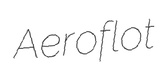
Aeroflot